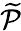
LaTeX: \widetilde{\mathcal P}